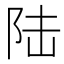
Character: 陆